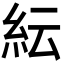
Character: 紜